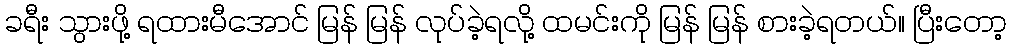
ခရီး သွားဖို့ ရထားမီအောင် မြန် မြန် လုပ်ခဲ့ရလို့ ထမင်းကို မြန် မြန် စားခဲ့ရတယ်။ ပြီးတော့